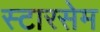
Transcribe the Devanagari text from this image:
स्टारसेम